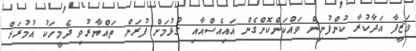
ވަޒީފާ އަދާކުރާ ކުންފުނިން ވައްކަންކޮށްގެން އައިއެސްއާއި ގުޅުމަށް ފުރަން ތައްޔާރުވި ދެމީހަކު އުމުރަށް